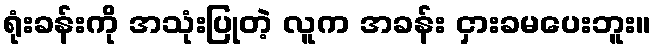
ရုံးခန်းကို အသုံးပြုတဲ့ လူက အခန်း ငှားခမပေးဘူး။